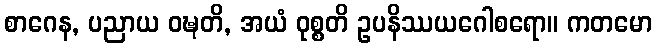
စာဂေန, ပညာယ ဝဍ္ဎတိ, အယံ ဝုစ္စတိ ဥပနိဿယဂေါစရော။ ကတမော